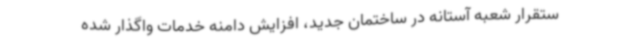
ستقرار شعبه آستانه در ساختمان جدید، افزایش دامنه خدمات واگذار شده